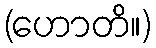
(ဟောတိ။)